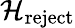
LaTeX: {\mathcal{H}}_{\mathrm{reject}}